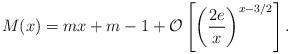
LaTeX: \begin{align*}M(x)=mx+m-1+\mathcal{O}\left[\left(\frac{2e}{x}\right)^{x-3/2}\right].\end{align*}